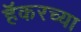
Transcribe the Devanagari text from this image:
हॅकरच्या